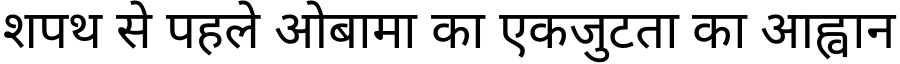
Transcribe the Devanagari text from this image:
शपथ से पहले ओबामा का एकजुटता का आह्वान